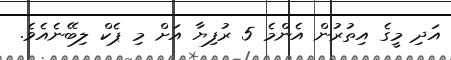
އަދި މީގެ އިތުރުން އެންމެ 5 ރުފިޔާ އަށް މި ޕެކް ލިބޭނެއެވެ.